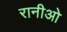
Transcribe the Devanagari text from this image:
रानीओ